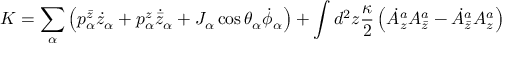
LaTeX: K = \sum _ { \alpha } \left( p _ { \alpha } ^ { \bar { z } } \dot { z } _ { \alpha } + p _ { \alpha } ^ { z } \dot { { \bar { z } } } _ { \alpha } + J _ { \alpha } \cos \theta _ { \alpha } \dot { \phi } _ { \alpha } \right) + \int d ^ { 2 } z { \frac { \kappa } { 2 } } \left( \dot { A } _ { z } ^ { a } A _ { \bar { z } } ^ { a } - \dot { A } _ { \bar { z } } ^ { a } A _ { z } ^ { a } \right)